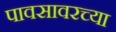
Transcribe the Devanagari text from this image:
पावसावरच्या